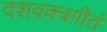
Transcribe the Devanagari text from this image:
दशवक्त्रगीतं